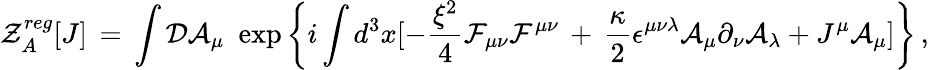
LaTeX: {\mathcal Z}_{A}^{reg}[J]\, =\, \int{\mathcal D}{\mathcal A}_{\mu}\, \, \exp\left\{ i\int d^{3}x[-\frac{\xi^{2}}{4}{\mathcal F}_{\mu\nu}{\mathcal F}^{\mu\nu}\, +\, \frac{\kappa}{2}\epsilon^{\mu\nu\lambda}{\mathcal A}_{\mu}\partial_{\nu}{\mathcal A}_{\lambda}+J^{\mu}{\mathcal A}_{\mu}]\right\} \, ,